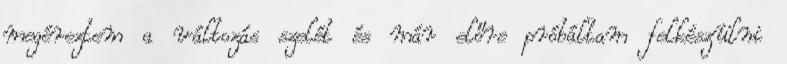
megéreztem a változás szelét és már előre próbáltam felkészülni